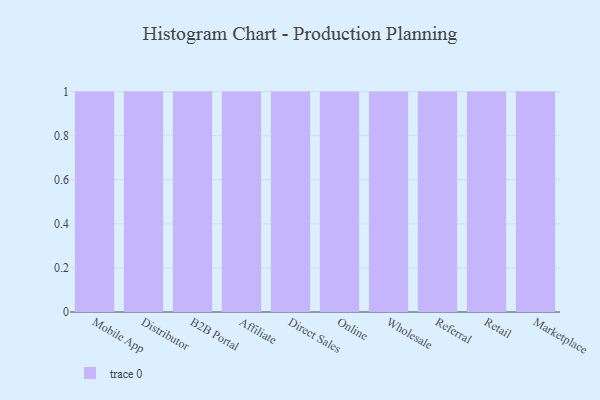
{"axis": {"x": "Channel", "y": "Humidity (%)"}, "legend": [""], "data": [{"x": "Mobile App", "y": 64, "type": ""}, {"x": "Distributor", "y": 27, "type": ""}, {"x": "B2B Portal", "y": 68, "type": ""}, {"x": "Affiliate", "y": 45, "type": ""}, {"x": "Direct Sales", "y": 76, "type": ""}, {"x": "Online", "y": 39, "type": ""}, {"x": "Wholesale", "y": 86, "type": ""}, {"x": "Referral", "y": 94, "type": ""}, {"x": "Retail", "y": 36, "type": ""}, {"x": "Marketplace", "y": 11, "type": ""}]}